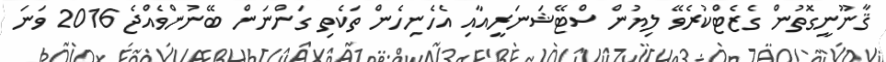
ޤާނޫނީގޮތުން ގެޒެޓްކުރެވޭ ލިޔުން ސްޓޭޝަނަރީއާއި އެހެނިހެން ތަކެތި ގަންނަން ބޭނުންވެއްޖެ 2016 ވަނަ